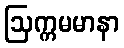
ဩက္ကမမာနာ